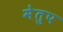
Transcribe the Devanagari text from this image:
मेेतुप